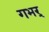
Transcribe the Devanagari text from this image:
गभर्